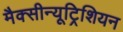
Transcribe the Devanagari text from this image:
मैक्सीन्यूट्रिशियन